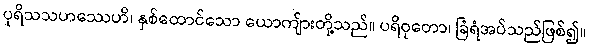
ပုရိသသဟဿေဟိ၊ နှစ်ထောင်သော ယောကျ်ားတို့သည်။ ပရိဝုတော၊ ခြံရံအပ်သည်ဖြစ်၍။